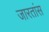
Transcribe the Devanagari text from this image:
जारतांस